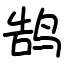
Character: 鹄